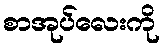
စာအုပ်လေးကို